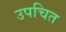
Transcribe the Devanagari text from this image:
उपचित